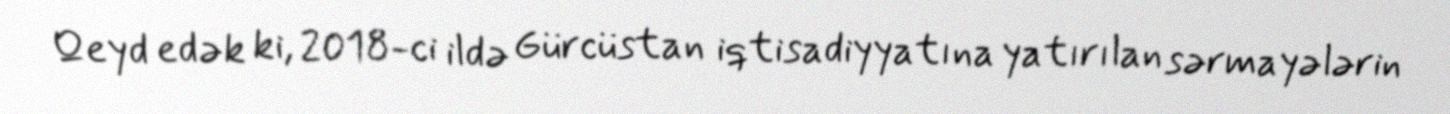
Qeyd edək ki, 2018-ci ildə Gürcüstan iqtisadiyyatına yatırılan sərmayələrin